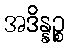
အဒိန္နဉ္စ